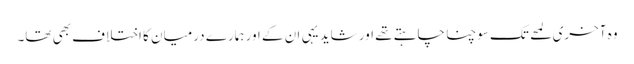
وہ آخری لمحے تک سوچنا چاہتے تھے اور شاید یہی ان کے اور ہمارے درمیان کا اختلاف بھی تھا۔